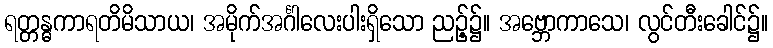
ရတ္တန္ဓကာရတိမိသာယ၊ အမိုက်အင်္ဂါလေးပါးရှိသော ညဉ့်၌။ အဗ္ဘောကာသေ၊ လွင်တီးခေါင်၌။